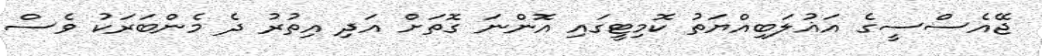
ޖޭއެސްސީގެ އަޣުލަބިއްޔަތު ކޮމިޓީގައި އޮންނަ ގޮތަށް އަދި އިތުރު ދެ މެންބަރަކު ވެސް